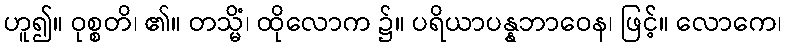
ဟူ၍။ ဝုစ္စတိ၊ ၏။ တသ္မိံ၊ ထိုလောက ၌။ ပရိယာပန္နဘာဝေန၊ ဖြင့်။ လောကေ၊